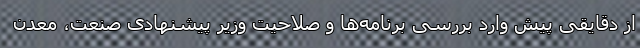
از دقایقی پیش وارد بررسی برنامه‌ها و صلاحیت وزیر پیشنهادی صنعت، معدن